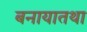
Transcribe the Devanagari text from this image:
बनायातथा